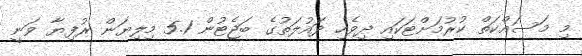
މި މަސައްކަތް ކުރުމަށްޓަކައި ދިވެހި ދައުލަތުގެ ބަޖެޓުން 5.1 މިލިޔަން ރުފިޔާ ވަނީ